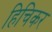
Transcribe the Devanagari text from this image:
हिचिकर